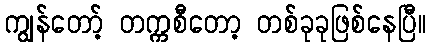
ကျွန်တော့် တက္ကစီတော့ တစ်ခုခုဖြစ်နေပြီ။